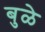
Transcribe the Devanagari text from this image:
बुळे